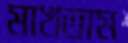
মাখতাম